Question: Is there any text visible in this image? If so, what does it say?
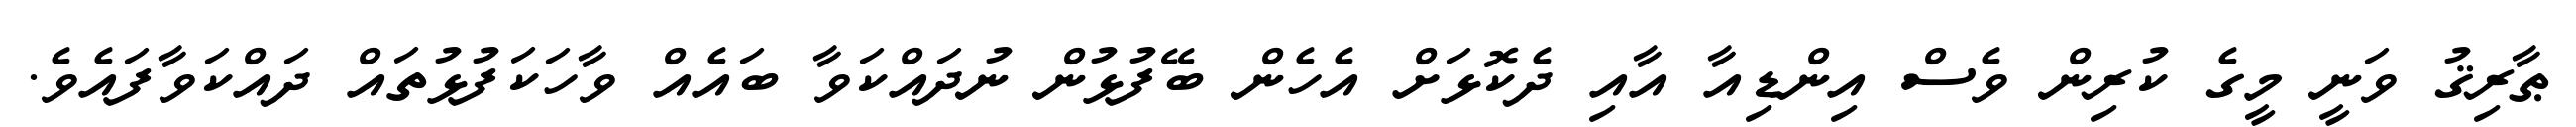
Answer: ޠާރިޤު ވަނީ މީގެ ކުރިން ވެސް އިންޑިއާ އާއި ދެކޮޅަށް އެހެން ބޭފުޅުން ނުދައްކަވާ ބައެއް ވާހަކަފުޅުތައް ދައްކަވާފައެވެ.